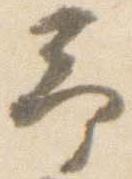
予